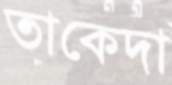
তাকেদা